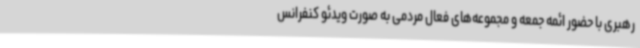
رهبری با حضور ائمه جمعه و مجموعه‌های فعال مردمی به صورت ویدئو کنفرانس